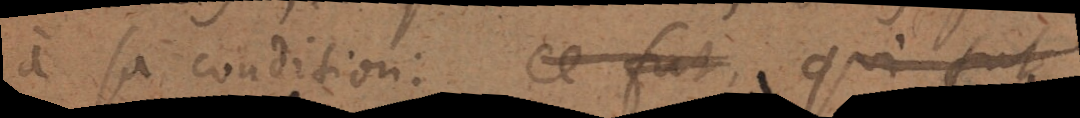
à sa condition: ce fut qui fut